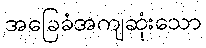
အခြေခံအကျဆုံးသော